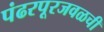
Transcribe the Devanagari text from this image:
पंढरपूरजवळची